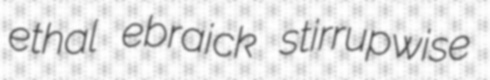
ethal ebraick stirrupwise